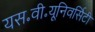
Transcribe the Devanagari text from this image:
यस॰वी॰यूनिवर्सिटी